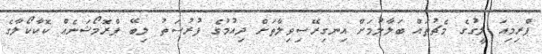
ޕްރިމިއަ ލީގުގެ މެޗުތައް ބަލާލުމަށް އިނގިރޭސިވިލާތަށް ދިއުމުގެ ފުރުސަތު ލިބޭ ޕްރޮމޯޝަނެއް ކޮކާކޯލާގެ